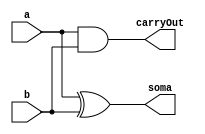
// -------------------------
// Exemplo_0805 - FULL ADDER
// Laura Iara Silva Santos Xavier - 734661
// -------------------------
// -------------------------
// half adder
// -------------------------
// -------------------------
module halfAdder (output carryOut, output soma, input a, input b);
// descrever por portas
xor XOR1 ( soma, a, b );
and AND1 ( carryOut, a, b );
endmodule // halfAdder
// -------------------------
// Complemento de 2
// -------------------------
module complementoDe2 ( output carryOut, output soma, input a, input b, input carryIn );
// descrever por portas e/ou modulos
wire s1;
wire c1;
wire c2;
wire notA;

not NOT1(notA, a);
halfAdder HA1(c1, s1, notA, b);
halfAdder HA2(c2, soma, s1, carryIn);

or OR1(carryOut, c1, c2);

endmodule // fullAdder

module test_completementoDe2;
// ------------------------- definir dados
 reg [5:0] b = 1;
 reg [5:0] a = 5;
 wire [5:0] carryOut; // vai-um
 wire [5:0] comp2;

 complementoDe2 C0 ( carryOut[0], comp2[0], a[0], b[0], 1'b0);
 complementoDe2 C1 ( carryOut[1], comp2[1], a[1], b[1], carryOut[0]);
 complementoDe2 C2 ( carryOut[2], comp2[2], a[2], b[2], carryOut[1]);
 complementoDe2 C3 ( carryOut[3], comp2[3], a[3], b[3], carryOut[2]);
 complementoDe2 C4 ( carryOut[4], comp2[4], a[4], b[4], carryOut[3]);
 complementoDe2 C5 ( carryOut[5], comp2[5], a[5], b[5], carryOut[4]);


// ------------------------- parte principal
initial begin: main
 $display("Exemplo0805 - Laura Iara Silva Santos Xavier - 734661");
 $display("Test ALUs full adder");
 $display("   a    complemento de 2");
 

$monitor("%6b     %6b", a, comp2);

#1 a = 1;
#1 a = 2; 
#1 a = 3; 
#1 a = 4;
#1 a = 5;
#1 a = 6;  
#1 a = 7; 
#1 a = 8;
#1 a = 9; 
#1 a = 10; 
#1 a = 11; 
#1 a = 12;
#1 a = 13;
#1 a = 14; 
#1 a = 15; 
#1 a = 16;
#1 a = 17; 
#1 a = 18; 
#1 a = 19;
#1 a = 20;
#1 a = 21;  
#1 a = 22; 
#1 a = 23;
#1 a = 24; 
#1 a = 25; 
#1 a = 26; 
#1 a = 27;
#1 a = 28;
#1 a = 29; 
#1 a = 30; 

// projetar testes do somador completo
end
endmodule // test_completementoDe2